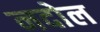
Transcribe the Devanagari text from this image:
नदोल